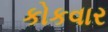
કોકવાર